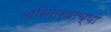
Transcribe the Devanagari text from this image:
चरितार्थाच्या